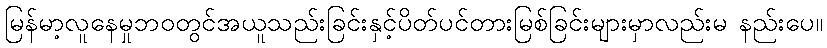
မြန်မာ့လူနေမှုဘဝတွင်အယူသည်းခြင်းနှင့်ပိတ်ပင်တားမြစ်ခြင်းများမှာလည်းမ နည်းပေ။